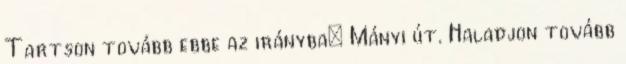
Tartson tovább ebbe az irányba: Mányi út. Haladjon tovább